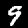
Digit: 9